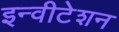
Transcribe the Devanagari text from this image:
इन्वीटेशन